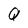
Character: Q